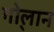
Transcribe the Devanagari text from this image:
गो्लान